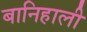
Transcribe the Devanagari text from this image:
बानिहाली